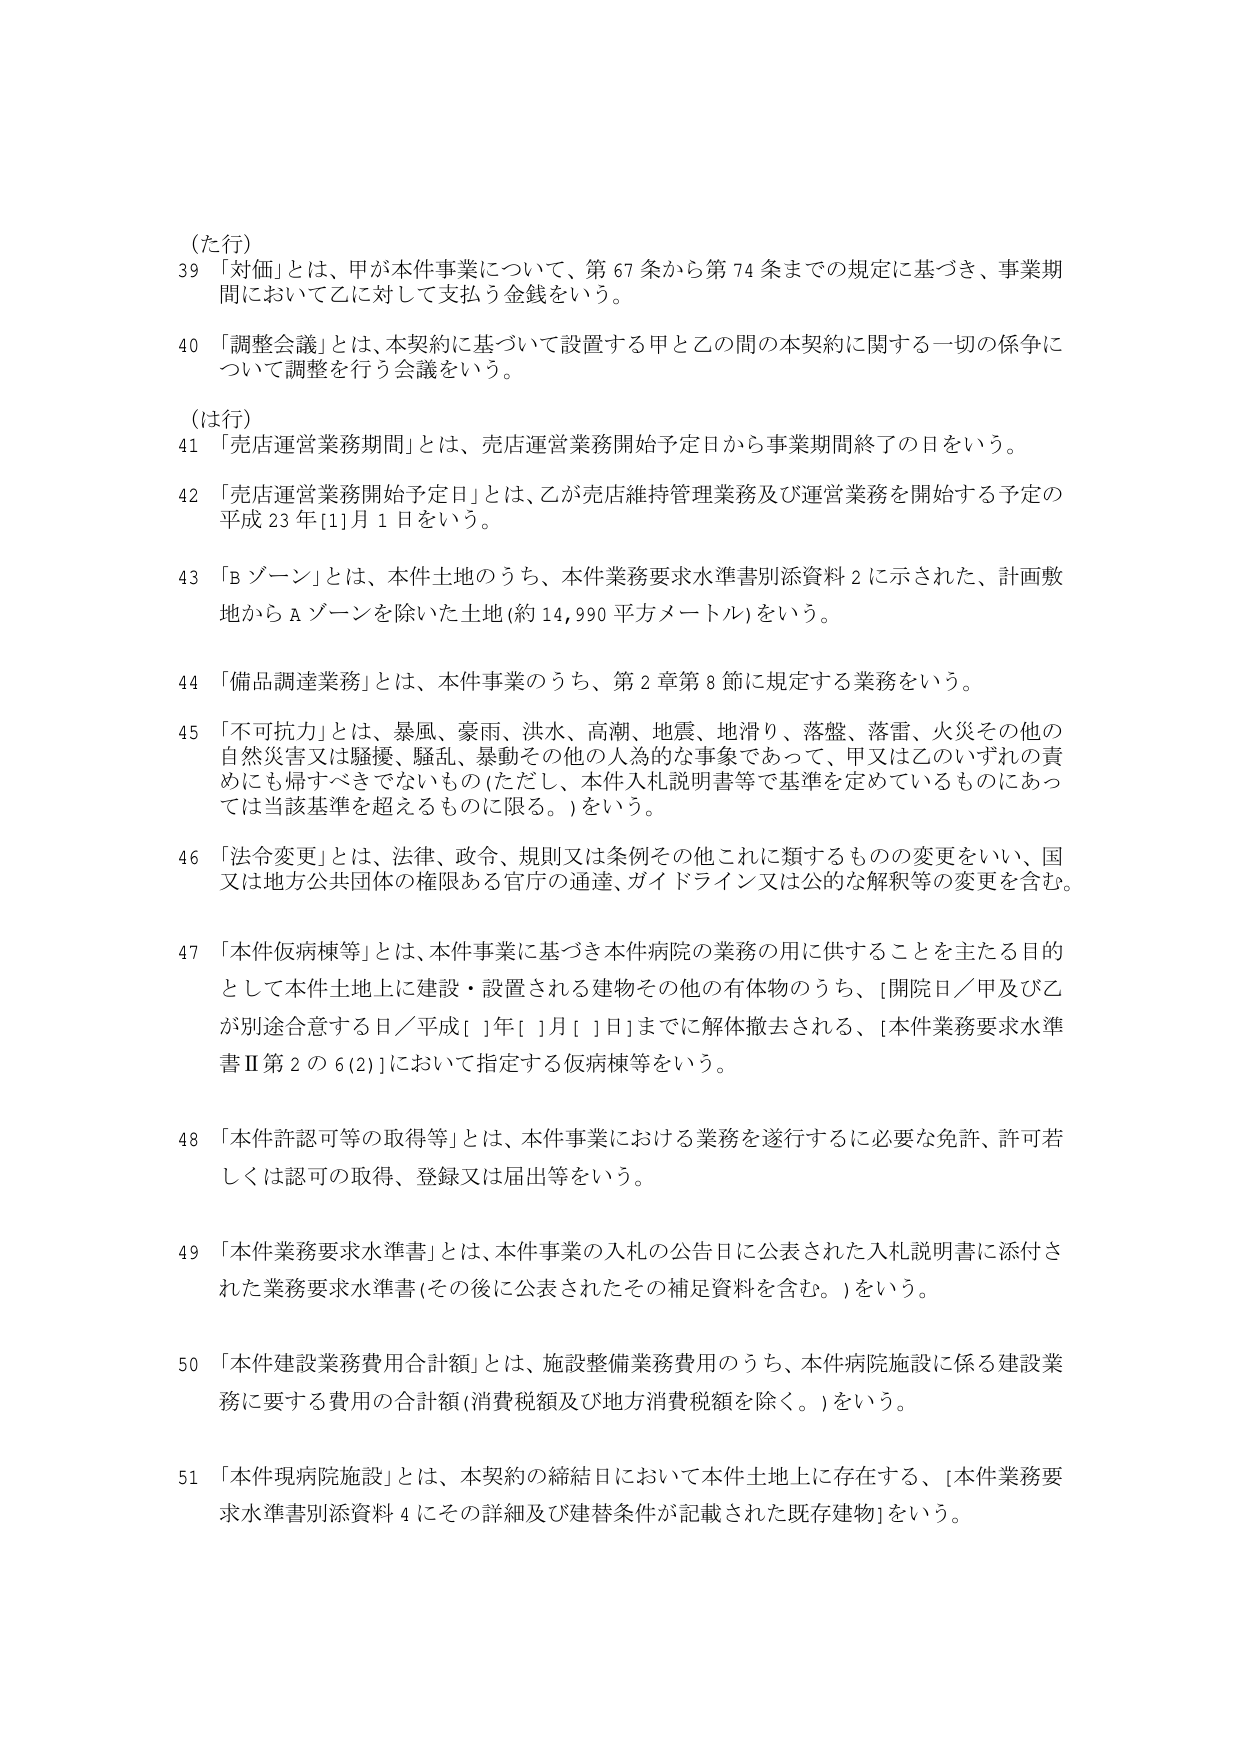
(た行)
39 「対価」とは、甲が本件事業について、第67条から第74条までの規定に基づき、事業期間において乙に対して支払う金銭をいう。
40 「調整会議」とは、本契約に基づいて設置する甲と乙の間の本契約に関する一切の係争について調整を行う会議をいう。

(は行)
41 「売店運営業務期間」とは、売店運営業務開始予定日から事業期間終了の日をいう。
42 「売店運営業務開始予定日」とは、乙が売店維持管理業務及び運営業務を開始する予定の平成23年[1]月1日をいう。
43 「Bゾーン」とは、本件土地のうち、本件業務要求水準書別添資料2に示された、計画敷地からAゾーンを除いた土地(約14,990平方メートル)をいう。
44 「備品調達業務」とは、本件事業のうち、第2章第8節に規定する業務をいう。
45 「不可抗力」とは、暴風、豪雨、洪水、高潮、地震、地滑り、落盤、落雷、火災その他の自然災害又は騒擾、騒乱、暴動その他の人為的な事象であって、甲又は乙のいずれの責めにも帰すべきでないもの(ただし、本件入札説明書等で基準を定めているものにあっては当該基準を超えるものに限る。)をいう。
46 「法令変更」とは、法律、政令、規則又は条例その他これに類するものの変更をいい、国又は地方公共団体の権限ある官庁の通達、ガイドライン又は公的な解釈等の変更を含む。
47 「本件仮病棟等」とは、本件事業に基づき本件病院の業務の用に供することを主たる目的として本件土地上に建設・設置される建物その他の有体物のうち、[開院日／甲及び乙が別途合意する日／平成[ ]年[ ]月[ ]日]までに解体撤去される、[本件業務要求水準書Ⅱ第2の6(2)]において指定する仮病棟等をいう。
48 「本件許認可等の取得等」とは、本件事業における業務を遂行するに必要な免許、許可若しくは認可の取得、登録又は届出等をいう。
49 「本件業務要求水準書」とは、本件事業の入札の公告日に公表された入札説明書に添付された業務要求水準書(その後に公表されたその補足資料を含む。)をいう。
50 「本件建設業務費用合計額」とは、施設整備業務費用のうち、本件病院施設に係る建設業務に要する費用の合計額(消費税額及び地方消費税額を除く。)をいう。
51 「本件現病院施設」とは、本契約の締結日において本件土地上に存在する、[本件業務要求水準書別添資料4にその詳細及び建替条件が記載された既存建物]をいう。